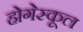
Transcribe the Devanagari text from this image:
होगेस्कूल